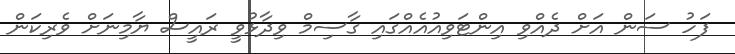
ފަހު ސަން އަށް ދެއްވި އިންޓަވިއުއެއްގައި ގާސިމް ވިދާޅުވީ ރައީސް ޔާމިނަށް ވެރިކަން